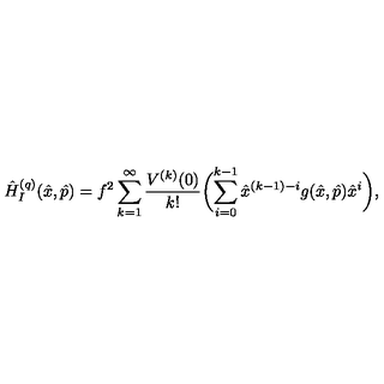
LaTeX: \hat { H } _ { I } ^ { ( q ) } ( \hat { x } , \hat { p } ) = f ^ { 2 } \sum _ { k = 1 } ^ { \infty } \frac { V ^ { ( k ) } ( 0 ) } { k ! } \biggl ( \sum _ { i = 0 } ^ { k - 1 } \hat { x } ^ { ( k - 1 ) - i } g ( \hat { x } , \hat { p } ) \hat { x } ^ { i } \biggr ) ,